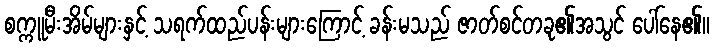
စက္ကူမီးအိမ်များနှင့် သရက်ထည်ပန်းများကြောင့် ခန်းမသည် ဇာတ်စင်တခု၏အသွင် ပေါ်နေ၏။